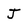
Character: J